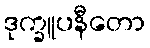
ဒုက္ခူပနီတော